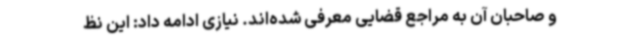
و صاحبان آن به مراجع قضایی معرفی شده‌اند. نیازی ادامه داد: این نظ